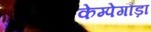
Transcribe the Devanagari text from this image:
केम्पेगौड़ा